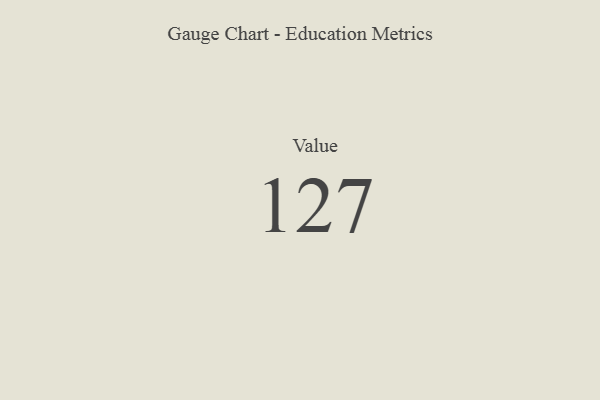
{"axis": {"x": "Metric", "y": "Value"}, "legend": [""], "data": [{"x": "Value", "y": 127, "type": ""}]}